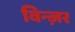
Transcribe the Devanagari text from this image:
विन्ज़र